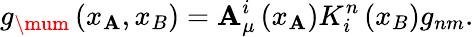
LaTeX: g_{\mum}\left(x_{\mathbf{A}},x_{B}\right)=\mathbf{A}_{\mu}^{i}\left(x_{\mathbf{A}}\right)K_{i}^{n}\left(x_{B}\right)g_{nm}.